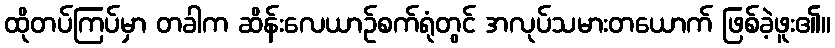
ထိုတပ်ကြပ်မှာ တခါက ဆိန်းလေယာဉ်စက်ရုံတွင် အလုပ်သမားတယောက် ဖြစ်ခဲ့ဖူး၏။